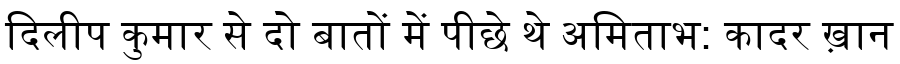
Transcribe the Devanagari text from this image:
दिलीप कुमार से दो बातों में पीछे थे अमिताभ: कादर ख़ान